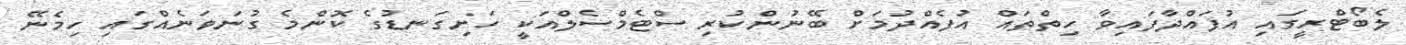
ލެބޯޓްރީގައި އުފައްދާފައިވާ ހިތްތައް އުފެއްދުމަށް ބޭނުންކުރި ސްޓެމްސެލްއަކީ ހަށިގަނޑުގެ ކޮންމެ ގުނަވަނެއްގައި ހިމެނޭ